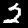
Digit: 2